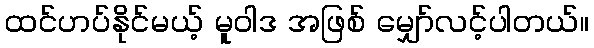
ထင်ဟပ်နိုင်မယ့် မူဝါဒ အဖြစ် မျှော်လင့်ပါတယ်။